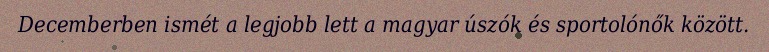
Decemberben ismét a legjobb lett a magyar úszók és sportolónők között.